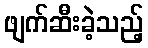
ဖျက်ဆီးခဲ့သည့်